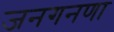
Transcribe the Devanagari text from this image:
जनगनणा